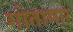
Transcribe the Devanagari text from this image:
गोतामार